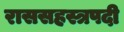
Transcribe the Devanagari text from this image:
राससहस्त्रपदी